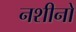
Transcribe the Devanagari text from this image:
नशीनों